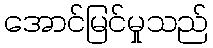
အောင်မြင်မှုသည်